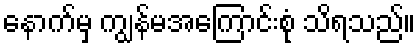
နောက်မှ ကျွန်မအကြောင်းစုံ သိရသည်။